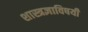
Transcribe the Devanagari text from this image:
शास्त्रज्ञाविषयी